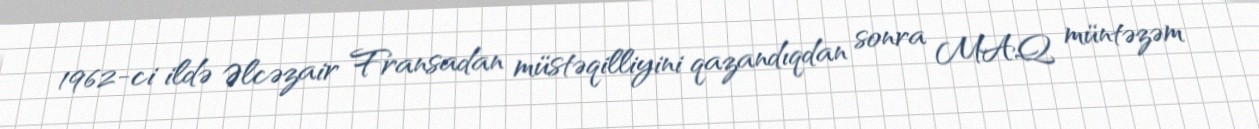
1962-ci ildə Əlcəzair Fransadan müstəqilliyini qazandıqdan sonra MAQ müntəzəm